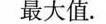
最大值。